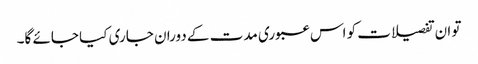
تو ان تفصیلات کو اس عبوری مدت کے دوران جاری کیا جائے گا۔